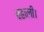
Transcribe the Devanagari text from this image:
बहाली।